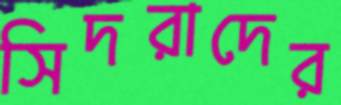
সিদরাদের